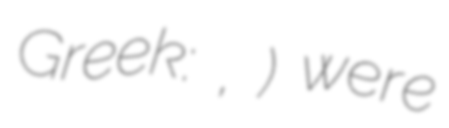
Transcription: Greek: Σαντόνων, Σάντονες) were